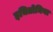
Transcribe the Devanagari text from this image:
इचितोमिया